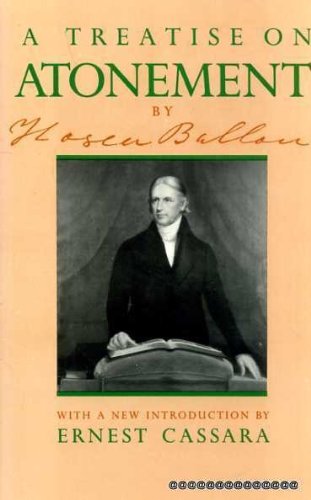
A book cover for Treatise on Atonement; Hosea Ballou; Religion & Spirituality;